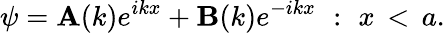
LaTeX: \psi=\mathbf{A}(k)e^{ikx}+\mathbf{B}(k)e^{-ikx}\, \, :\, \, x\, <\, a.